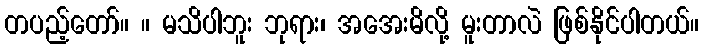
တပည့်တော်။ ။ မသိပါဘူး ဘုရား၊ အအေးမိလို့ မူးတာလဲ ဖြစ်နိုင်ပါတယ်။